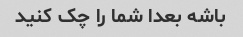
باشه بعدا شما را چک کنید